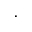
.